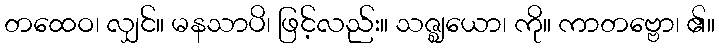
တထေဝ၊ လျှင်။ မနသာပိ၊ ဖြင့်လည်း။ သဇ္ဈယော၊ ကို။ ကာတဗ္ဗော၊ ၏။